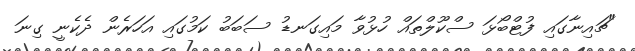
"ޗައިނާގައި ފުޓްބޯޅަ ސްކޫލްތައް ހުޅުވާ މައިގަނޑު ސަބަބު ކަމުގައި އަހަރެން ދެކެނީ ގިނަ